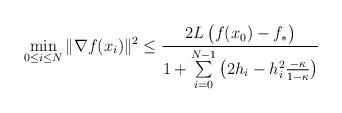
LaTeX: \begin{align*} \min_{0 {} \leq {} i {} \leq {} N} \|\nabla f(x_i)\|^2 {} \leq {} \frac{2L\,\big(f(x_0)-f_*\big)}{1 + \sum\limits_{i=0}^{N-1} \left(2 h_i - h_i^2 \frac{-\kappa}{ 1-\kappa} \right)}\end{align*}